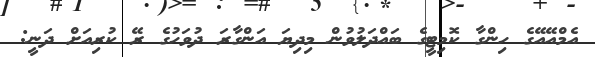
އެމްއޭއޭގެ ހިންގާ ކޮމިޓީގެ ބައްދަލުވުން މިދިޔަ އަންގާރަ ދުވަހުގެ ރޭ ކުރިއަށް ދަނީ: